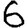
Digit: 6